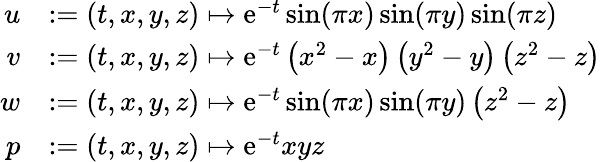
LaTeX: \begin{array}{rl}{u}&{:=(t,x,y,z)\mapsto\mathrm{e}^{-t}\sin(\pi x)\sin(\pi y)\sin(\pi z)}\\ {v}&{:=(t,x,y,z)\mapsto\mathrm{e}^{-t}\left(x^{2}-x\right)\left(y^{2}-y\right)\left(z^{2}-z\right)}\\ {w}&{:=(t,x,y,z)\mapsto\mathrm{e}^{-t}\sin(\pi x)\sin(\pi y)\left(z^{2}-z\right)}\\ {p}&{:=(t,x,y,z)\mapsto\mathrm{e}^{-t}xyz}\end{array}